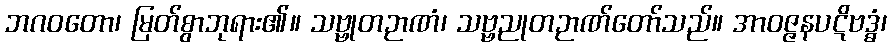
ဘဂဝတော၊ မြတ်စွာဘုရား၏။ သဗ္ဗုတဉာဏံ၊ သဗ္ဗညုတဉာဏ်တော်သည်။ အာဝဇ္ဇနပဋိဗဒ္ဓံ၊